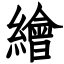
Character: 繪